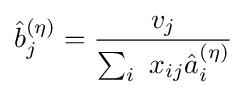
{\hat {b}}_{j}^{(\eta )}={\frac {v_{j}}{\sum _{i}\ x_{ij}{\hat {a}}_{i}^{(\eta )}}}